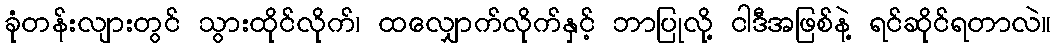
ခုံတန်းလျားတွင် သွားထိုင်လိုက်၊ ထလျှောက်လိုက်နှင့် ဘာပြုလို့ ငါဒီအဖြစ်နဲ့ ရင်ဆိုင်ရတာလဲ။